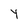
Character: 4